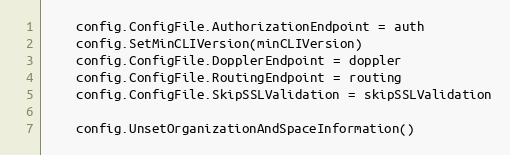
Language: Go
	config.ConfigFile.AuthorizationEndpoint = auth
	config.SetMinCLIVersion(minCLIVersion)
	config.ConfigFile.DopplerEndpoint = doppler
	config.ConfigFile.RoutingEndpoint = routing
	config.ConfigFile.SkipSSLValidation = skipSSLValidation

	config.UnsetOrganizationAndSpaceInformation()